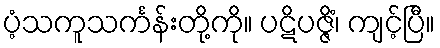
ပံ့သကူသင်္ကန်းတို့ကို။ ပဋိပဇ္ဇိံ၊ ကျင့်ပြီ။